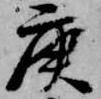
庚